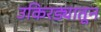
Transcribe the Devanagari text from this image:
उकिरड्यातून